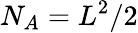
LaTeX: N_{A}=L^{2}/2